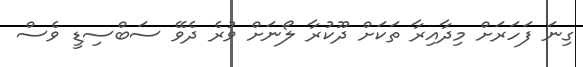
ގިނަ ފަހަރަށް މިދާއިރާ ތަކަށް ދޫކުރާ ލޯނަށް ވުރެ ދެވޭ ސަބްސިޑީ ވެސް